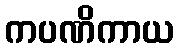
ကပဏိကာယ